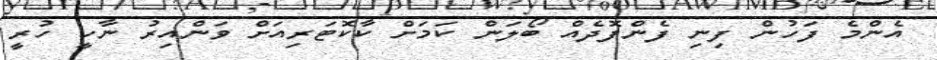
އެންމެ ފަހުން ފިނި ފެންފޮދެއް ބޯލަން ކަމަށް ކާކޮޓަރިއަށް ވަންއިރު ނާހީ ހުރީ